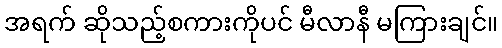
အရက် ဆိုသည့်စကားကိုပင် မီလာနီ မကြားချင်။